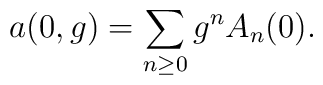
a(0,g)=\sum _{n\geq 0}g^{n}A_{n}(0).